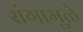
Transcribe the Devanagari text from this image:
रांगामुळे